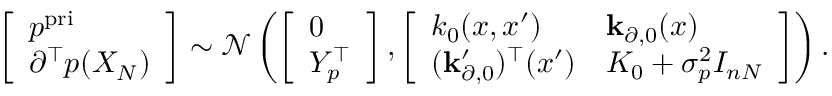
\begin{array} { r } { \left[ \begin{array} { l } { p ^ { \mathrm { p r i } } } \\ { \partial ^ { \top } p ( X _ { N } ) } \end{array} \right] \sim { \mathcal N } \left( \left[ \begin{array} { l } { 0 } \\ { Y _ { p } ^ { \top } } \end{array} \right] , \left[ \begin{array} { l l } { k _ { 0 } ( x , x ^ { \prime } ) } & { { \bf k } _ { \partial , 0 } ( x ) } \\ { ( { \bf k } _ { \partial , 0 } ^ { \prime } ) ^ { \top } ( x ^ { \prime } ) } & { K _ { 0 } + \sigma _ { p } ^ { 2 } I _ { n N } } \end{array} \right] \right) . } \end{array}